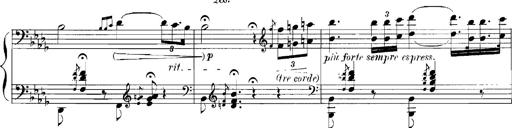
Title: Rhapsodies hongroises
Composer: Franz Liszt